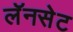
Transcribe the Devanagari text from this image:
लॅनसेट